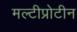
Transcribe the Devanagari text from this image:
मल्टीप्रोटीन